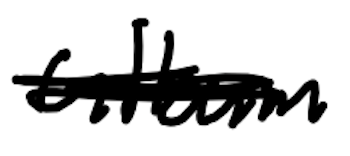
Text: album
Cross-out: scratch
Writing tool: digital_black